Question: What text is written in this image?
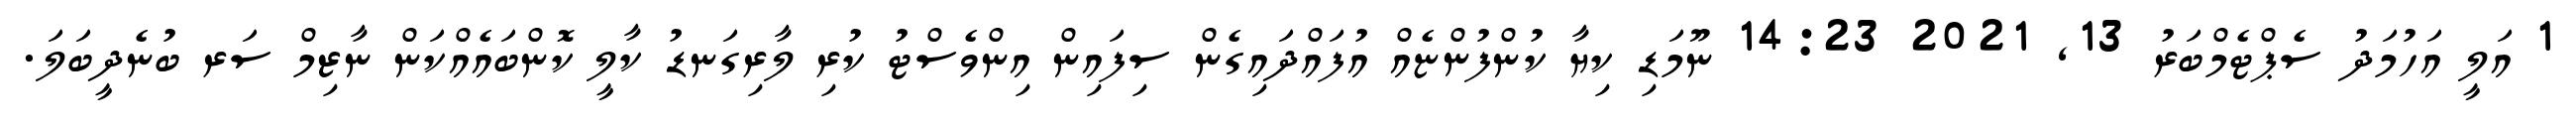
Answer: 1 އަލީ އަހުމަދު ސެޕްޓެމްބަރު 13, 2021 14:23 ނޫމަޑި ކިޔާ ކުންފުންޏެއް އުފައްދައިގެން ސިފައިން އިންވެސްޓު ކުރި ލާރިގަނޑު ކާލީ ކޮންބައެއްކަން ނާޒިމް ސަރ ބުނެދީބަލަ.